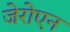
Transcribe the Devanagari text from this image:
जेरोएन